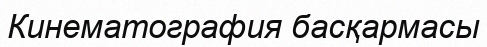
Кинематография басқармасы